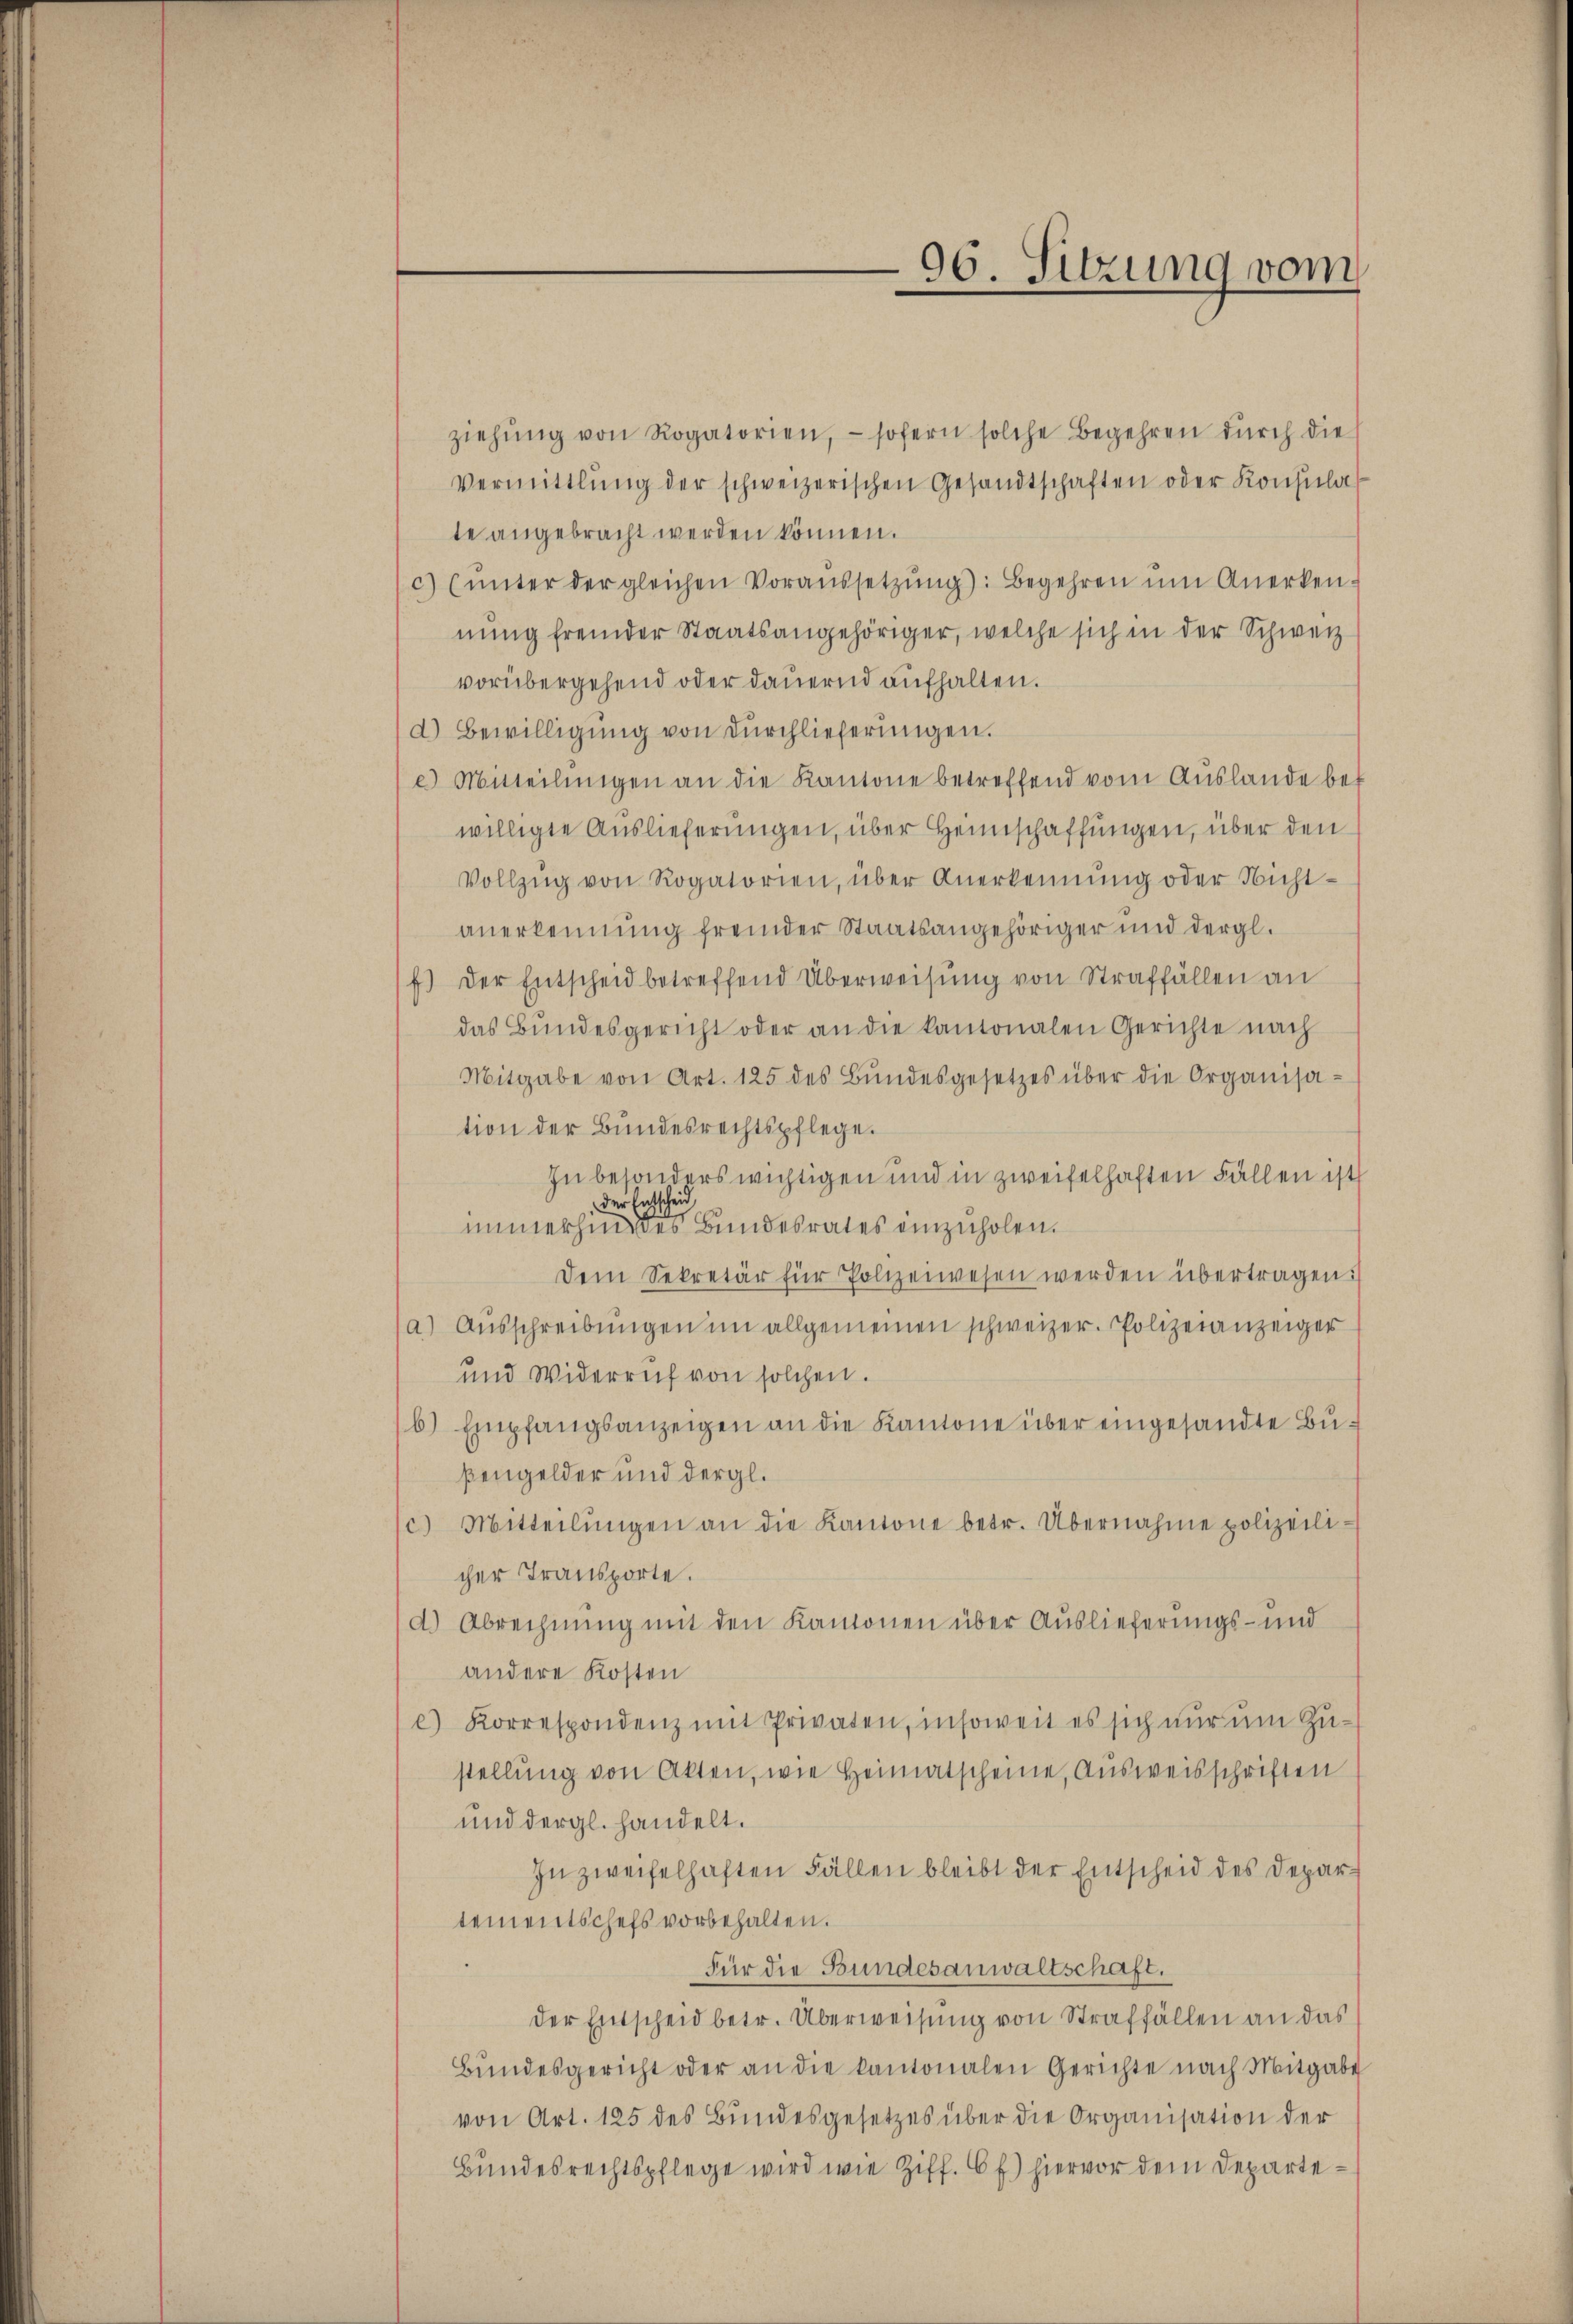
ziehŭng von Rogatorien, - sofern solche Begehren dŭrch die
vermittlung der schweizerischen Gesandtschaften oder Konsula
te angebracht werden können.
c) (ŭnter der gleichen Voraŭssetzŭng: Begehren ŭm Anerken-
nung fremder Staatsangehöriger, welche sich in der Schweiz
vorübergehend oder dauernd aufhalten.
d) Bewilligung von Durchlieferungen.
e) Mitteilŭngen an die Kantone betreffend vom Auslande be-
willigte Auslieferungen, über Heimschaffungen, über den
Vollzŭg von Rogatorien, über Anerkennung oder Nichtanerkennung fremder Staatsangehöriger und dergl.
f.) Der Entscheid betreffend Überweisŭng von Straffällen an
das Bundesgericht oder an die kantonalen Gerichte nach
Mitgabe von Art. 125 des Bŭndesgesetzes über die Organisa-
tion der Bundesrechtspflege.
In besonders wichtigen und in zweifelhaften Fällen ist
Der Entschein
immerhindes Bundesrates einzuholen.
Dem Sekretär für Polizeiwesen werden übertragen.
a) Aŭsschreibŭngen im allgemeinen schweizer. Polizeianzeiger
und Widerruf von solchen.
b) Empfangsanzeigen an die Kantone über eingesandte Bußengelder und dergl.
c.) Mitteilŭngen an die Kantone betr. Übernahme polizeili-
cher Transporte.
d.) Abrechnung mit den Kanonen über Auslieferungs- und
andere Kosten
e) Korrespondenz mit Privaten, insoweit es sich nŭr ŭm Zu-
stellung von Akten, wie Heimatscheine, Ausweisschriften
und dergl. handelt.
In zweifelhaften Fällen bleibt der Entscheid des Departementschefs vorbehalten.
für die Bundesanwaltschaft.
der Entscheid betr. Überweisung von Straffällen an das
Bŭndesgericht oder an die kantonalen Gerichte nach Mitgabe
von Art. 125 des Bundesgesetzes über die Organisation der
Bundesrechtspflege wird wie Ziff. 6 f.) hiervor dem Departe¬

96. Sitzung vom